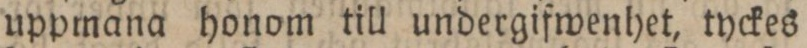
uppmana honom till undergifwenhet, tyckes